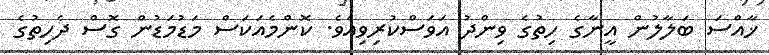
ޚާއްސަ ބަލާލުން އީނާގެ ހިތުގެ ވިންދު އަވަސްކުރިވިއެވެ. ކޮންމެއަކަސް މަޑުމަޑުން ގޮސް ދެހިތުގެ